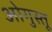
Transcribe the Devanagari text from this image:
ओगुस्तू